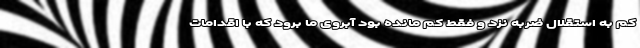
کم به استقلال ضربه نزد و فقط کم مانده بود آبروی ما برود که با اقدامات